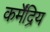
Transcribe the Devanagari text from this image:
कर्मेंद्रिय